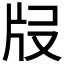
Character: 𤖰